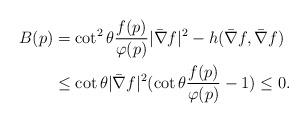
LaTeX: \begin{align*} B(p)&=\cot^2\theta \frac{f(p)}{\varphi(p)} |\bar{\nabla} f|^2- h(\bar{\nabla} f, \bar{\nabla} f) \\ &\leq\cot \theta |\bar{\nabla} f|^2(\cot \theta \frac{f(p)}{\varphi(p)}-1)\leq 0. \end{align*}